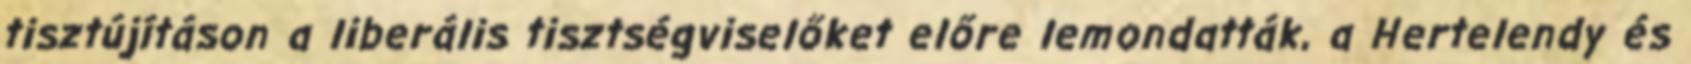
tisztújításon a liberális tisztségviselőket előre lemondatták, a Hertelendy és